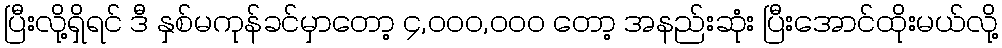
ပြီးလို့ရှိရင် ဒီ နှစ်မကုန်ခင်မှာတော့ ၄,၀၀၀,၀၀၀ တော့ အနည်းဆုံး ပြီးအောင်ထိုးမယ်လို့